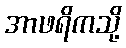
အာဖရိကသို့